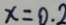
x = 0 . 2